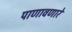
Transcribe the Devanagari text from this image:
पाणावणारे